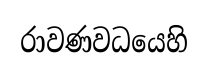
රාවණවධයෙහි